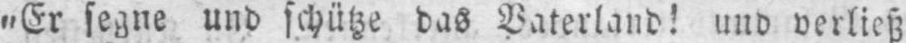
„Er segne und schütze das Vaterland! und verließ